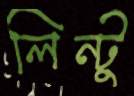
লিন্টু